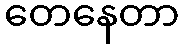
တေနေတာ